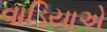
વાડિયાએ